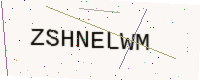
Text: ZSHNELWM